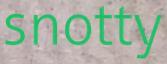
snotty